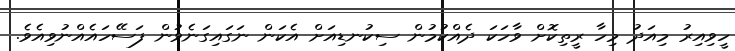
ހީވިއިރު މިއަދު މިހާ ރީތިކޮށް ވާހަކަ ދެއްކުމުން ސިކުނޑިއަށް އެކަން ނަގައިގަނެވުން ފަސޭހައެއްނުވިއެވެ.